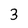
Character: 3